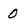
Character: 0